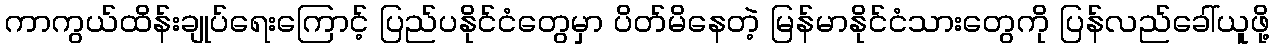
ကာကွယ်ထိန်းချုပ်ရေးကြောင့် ပြည်ပနိုင်ငံတွေမှာ ပိတ်မိနေတဲ့ မြန်မာနိုင်ငံသားတွေကို ပြန်လည်ခေါ်ယူဖို့